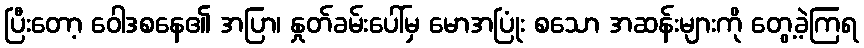
ပြီးတော့ ဝေါဒစနေ၏ အပြာ၊ နှုတ်ခမ်းပေါ်မှ မောအပြုံး စသော အဆန်းများကို တွေ့ခဲ့ကြရ